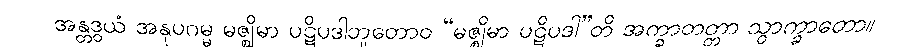
အန္တဒွယံ အနုပဂမ္မ မဇ္ဈိမာ ပဋိပဒါဘူတောဝ “မဇ္ဈိမာ ပဋိပဒါ”တိ အက္ခာတတ္တာ သွာက္ခာတော။